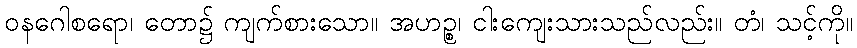
ဝနဂေါစရော၊ တော၌ ကျက်စားသော။ အဟဉ္စ၊ ငါးကျေးသားသည်လည်း။ တံ၊ သင့်ကို။